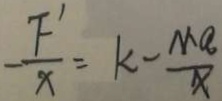
- \frac { F ^ { \prime } } { X } = k - \frac { M a } { x }